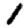
Digit: 1